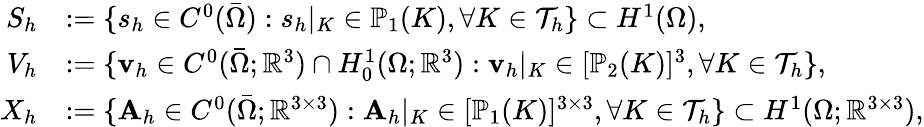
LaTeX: \begin{array}{rl}{S_{h}}&{:=\{ s_{h}\in C^{0}(\bar{\Omega}):s_{h}|_{K}\in\mathbb{P}_{1}(K),\forall K\in\mathcal{T}_{h}\} \subset H^{1}(\Omega),}\\ {V_{h}}&{:=\{ \mathbf{v}_{h}\in C^{0}(\bar{\Omega};\mathbb{R}^{3})\cap H_{0}^{1}(\Omega;\mathbb{R}^{3}):\mathbf{v}_{h}|_{K}\in[\mathbb{P}_{2}(K)]^{3},\forall K\in\mathcal{T}_{h}\} ,}\\ {X_{h}}&{:=\{ \mathbf{A}_{h}\in C^{0}(\bar{\Omega};\mathbb{R}^{3\times 3}):\mathbf{A}_{h}|_{K}\in[\mathbb{P}_{1}(K)]^{3\times 3},\forall K\in\mathcal{T}_{h}\} \subset H^{1}(\Omega;\mathbb{R}^{3\times 3}),}\end{array}